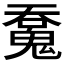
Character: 𩳝